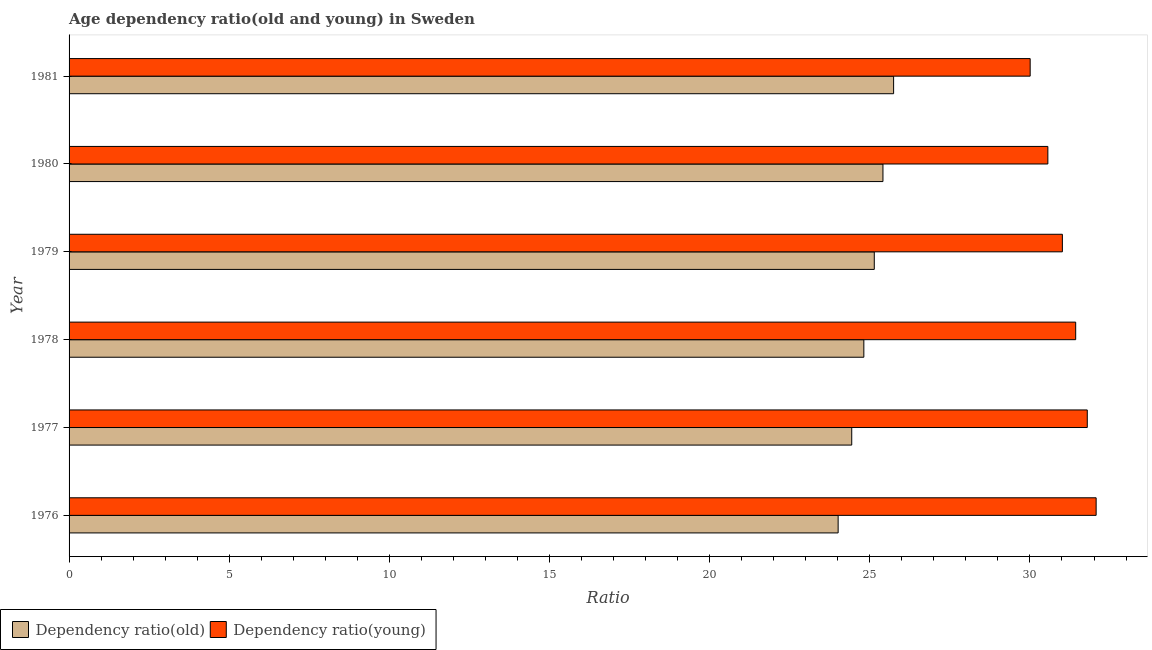
| Year | Dependency ratio(old) | Dependency ratio(young) |
 | --- | --- | --- |
 | 1976 | 24 | 32.1 |
 | 1977 | 24.4 | 31.8 |
 | 1978 | 24.8 | 31.4 |
 | 1979 | 25.1 | 31 |
 | 1980 | 25.4 | 30.6 |
 | 1981 | 25.7 | 30 |